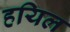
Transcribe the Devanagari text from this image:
हयिल